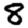
Digit: 8